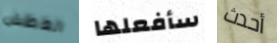
العطش سأفعلها أحدث